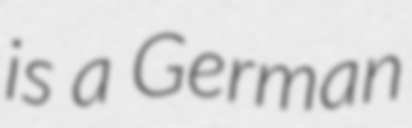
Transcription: is a German